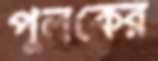
পুলকের